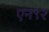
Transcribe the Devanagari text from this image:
एन९२